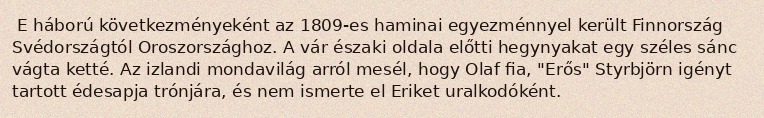
E háború következményeként az 1809-es haminai egyezménnyel került Finnország Svédországtól Oroszországhoz. A vár északi oldala előtti hegynyakat egy széles sánc vágta ketté. Az izlandi mondavilág arról mesél, hogy Olaf fia, "Erős" Styrbjörn igényt tartott édesapja trónjára, és nem ismerte el Eriket uralkodóként.